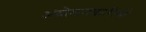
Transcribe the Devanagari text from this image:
अंदोलनकारीयों